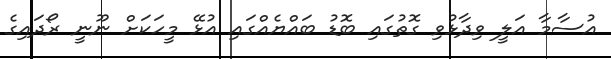
އުސާމާ އަލީ ވިދާޅުވި ގޮތުގައި ބޮޑު ބައްޔެއްގައި އުޅޭ މީހަކަށް ނޫނީ ރޯދައިގެ